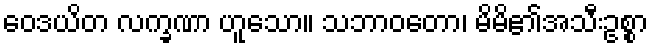
ဝေဒယိတ လက္ခဏာ ဟူသော။ သဘာဝတော၊ မိမိ၏အသီးဥစ္စာ